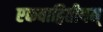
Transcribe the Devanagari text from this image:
एकवाद्वितीयम्